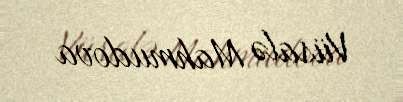
Vüsalə Mahmudova